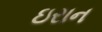
ઇરાન